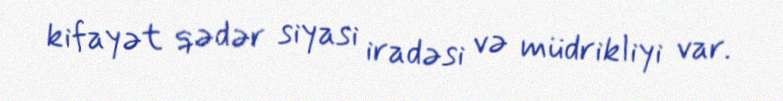
kifayət qədər siyasi iradəsi və müdrikliyi var.